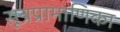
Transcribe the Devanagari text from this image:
सूत्रप्रामाणिका